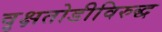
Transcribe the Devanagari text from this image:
वृक्षतोडीविरुद्ध